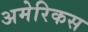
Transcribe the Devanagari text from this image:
अमेरिकस